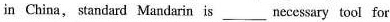
in China,standard Mandarin is ___ necessary tool for